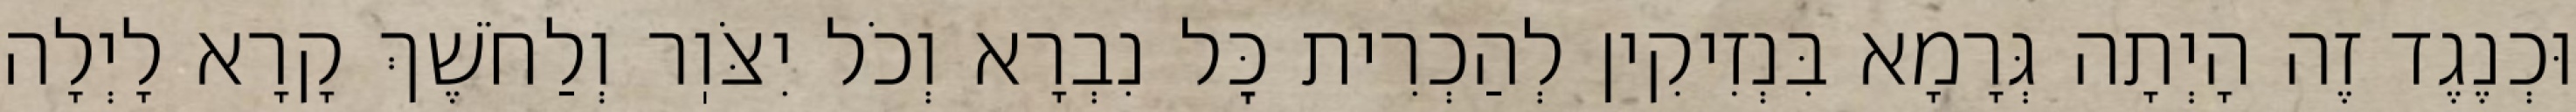
וּכְנֶגֶד זֶה הָיְתָה גְּרָמָא בִּנְזִיקִין לְהַכְרִית כׇּל נִבְרָא וְכֹל יִצֹּוֽר וְלַחֹשֶׁךְ קָרָא לָיְלָה